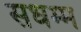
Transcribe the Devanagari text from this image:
सधम्म